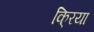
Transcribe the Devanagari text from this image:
कि्रया